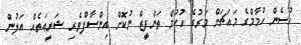
ހުސެން ހުމާމްގެ މައަޗަށް މަރުގެ ހުކުމް ތަންފީޒް ނުކޮށް އިންސާފްވެރި ޝަރީޢަތެއް އަލުން